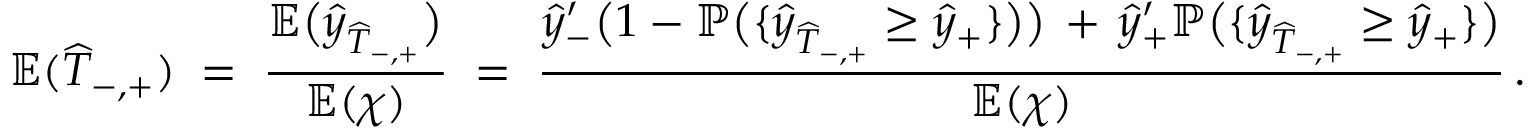
\mathbb { E } ( \widehat { T } _ { - , + } ) \; = \; \frac { \mathbb { E } \big ( \widehat { y } _ { \widehat { T } _ { - , + } } \big ) } { \mathbb { E } ( \chi ) } \; = \; \frac { \widehat { y } _ { - } ^ { \prime } \big ( 1 - \mathbb { P } \big ( \{ \widehat { y } _ { \widehat { T } _ { - , + } } \geq \widehat { y } _ { + } \} \big ) \big ) \, + \, \widehat { y } _ { + } ^ { \prime } \mathbb { P } \big ( \{ \widehat { y } _ { \widehat { T } _ { - , + } } \geq \widehat { y } _ { + } \} \big ) } { \mathbb { E } ( \chi ) } \, .